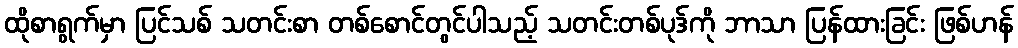
ထိုစာရွက်မှာ ပြင်သစ် သတင်းစာ တစ်စောင်တွင်ပါသည့် သတင်းတစ်ပုဒ်ကို ဘာသာ ပြန်ထားခြင်း ဖြစ်ဟန်